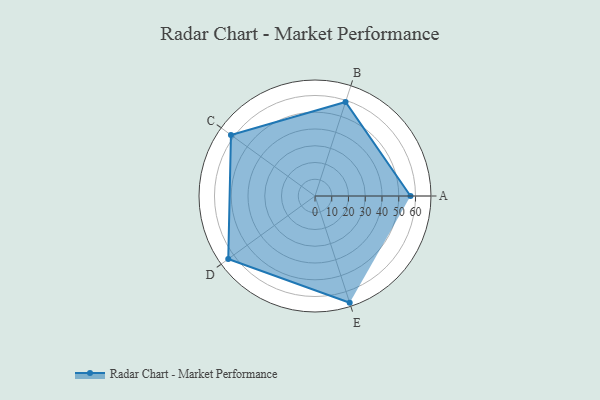
{"axis": {"x": "Skill", "y": "Score"}, "legend": ["Profile"], "data": [{"x": "A", "y": 57.0, "type": "Profile"}, {"x": "B", "y": 59.0, "type": "Profile"}, {"x": "C", "y": 62.0, "type": "Profile"}, {"x": "D", "y": 64.0, "type": "Profile"}, {"x": "E", "y": 67.0, "type": "Profile"}]}